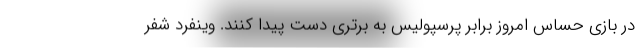
در بازی حساس امروز برابر پرسپولیس به برتری دست پیدا کنند. وینفرد شفر